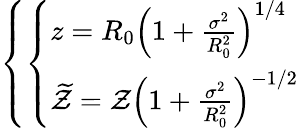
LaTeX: \left\{ \left\{ \begin{array}{ll}{{z=R_{0}\left(1+\frac{\sigma^{2}}{R_{0}^{2}}\right)^{1/4}}}\\ {{\widetilde{\mathcal{Z}}=\mathcal{Z}\left(1+\frac{\sigma^{2}}{R_{0}^{2}}\right)^{-1/2}}}\end{array}\right.\right.